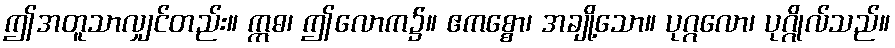
ဤအတူသာလျှင်တည်း။ ဣဓ၊ ဤလောက၌။ ဧကစ္စော၊ အချို့သော။ ပုဂ္ဂလော၊ ပုဂ္ဂိုလ်သည်။